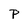
Character: P